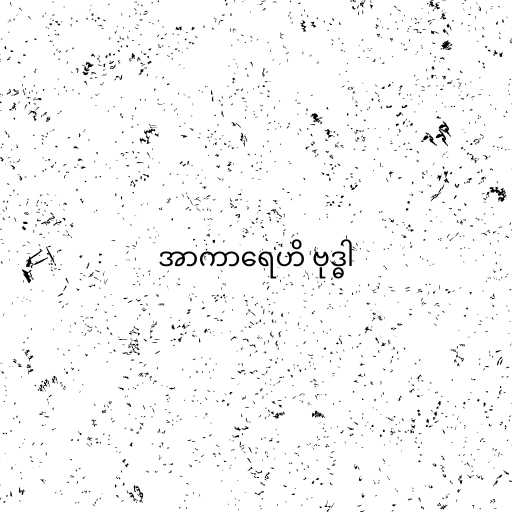
အာကာရေဟိ ဗုဒ္ဓါ